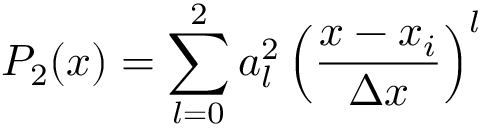
P _ { 2 } ( x ) = \sum _ { l = 0 } ^ { 2 } a _ { l } ^ { 2 } \left( \frac { x - x _ { i } } { \Delta x } \right) ^ { l }